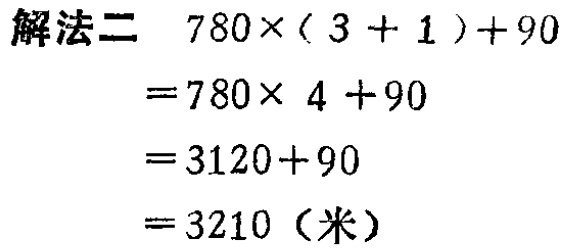
解法二 \(780\times(3 + 1)+90\)
\(=780\times 4 +90\)
\(=3120+90\)
\(=3210\)（米）